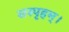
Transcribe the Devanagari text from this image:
सस्पृहम्।